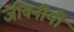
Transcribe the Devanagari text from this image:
जीवनीयोँ